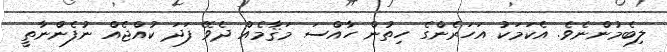
ލިބެމުންނެވެ. އެކަމަކު އަހަރެންގެ ހިތުން ހާއްސަ މަޤާމެއް ދެވޭ ފަދަ ކުއްޖެއް ނުފެންނާތީ